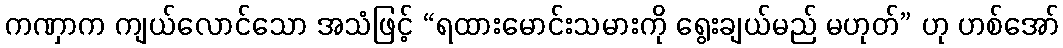
ကဏှာက ကျယ်လောင်သော အသံဖြင့် “ရထားမောင်းသမားကို ရွေးချယ်မည် မဟုတ်” ဟု ဟစ်အော်